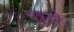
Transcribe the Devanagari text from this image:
चुकूनही